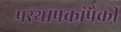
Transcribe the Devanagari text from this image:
प्रस्थापकांपैकी